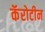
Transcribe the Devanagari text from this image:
कॅरोटीन